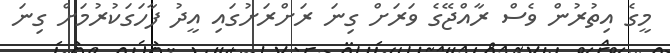
މީގެ އިތުރުން ވެސް ރާއްޖޭގެ ވަރަށް ގިނަ ރަށްރަށުގައި އީދު ފާހަގަކުރުމަށް ގިނަ